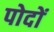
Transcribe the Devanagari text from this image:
पोदों